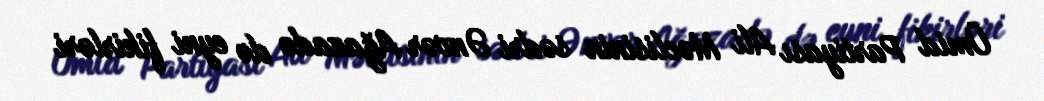
Ümid Partiyası Ali Məclisinin sədri Ənvər Ağazadə də eyni fikirləri